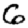
Digit: 6